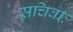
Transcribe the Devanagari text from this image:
सचिवाः